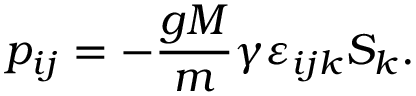
p _ { i j } = - \frac { g M } { m } \gamma \varepsilon _ { i j k } S _ { k } .